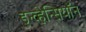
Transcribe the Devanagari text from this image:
इन्व्हेन्सियॉन